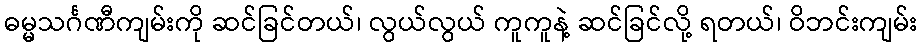
ဓမ္မသင်္ဂဏီကျမ်းကို ဆင်ခြင်တယ်၊ လွယ်လွယ် ကူကူနဲ့ ဆင်ခြင်လို့ ရတယ်၊ ဝိဘင်းကျမ်း